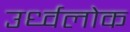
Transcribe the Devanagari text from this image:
उर्ध्वलोक